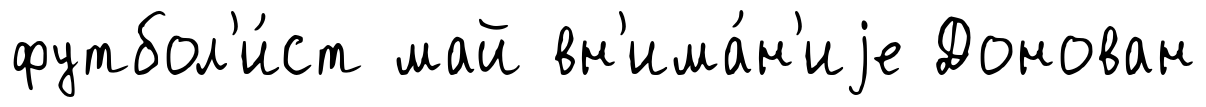
футбол'и́ст май вн'има́н'иjе Донован